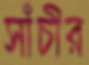
সাঁচীর